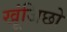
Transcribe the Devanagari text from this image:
खूंजिछो